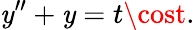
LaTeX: \mathit{y}^{\prime\prime}+\mathit{y}=t\cost.